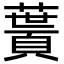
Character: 𩔎